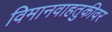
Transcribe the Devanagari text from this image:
विमानवाहतुकीवर